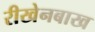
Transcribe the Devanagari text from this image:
रीखेनबाख